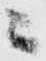
ニ